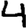
Digit: 4